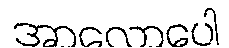
အာလောပေါ